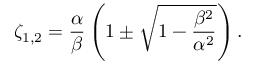
\zeta _ { 1 , 2 } = \frac { \alpha } { \beta } \left( 1 \pm \sqrt { 1 - \frac { \beta ^ { 2 } } { \alpha ^ { 2 } } } \right) .